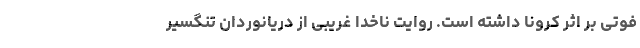
فوتی بر اثر کرونا داشته است. روایت‌ ناخدا غریبی از دریانوردان تنگسیر